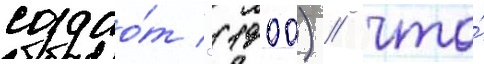
создао́т '(1900) / что́